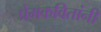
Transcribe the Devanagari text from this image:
प्रेमकवितांनी